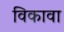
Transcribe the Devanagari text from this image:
विकावा